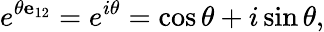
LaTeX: e^{\theta\mathbf{e}_{12}}=e^{i\theta}=\cos{\theta}+i\sin{\theta},